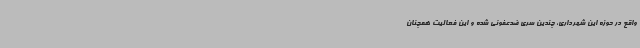
واقع در حوزه این شهرداری، چندین سری ضدعفونی شده و این فعالیت همچنان